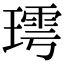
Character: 㻬